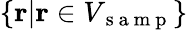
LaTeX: \{ \mathbf{r}|\mathbf{r}\in V_{\mathrm{~s~a~m~p~}}\}